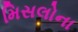
મિસલોના